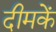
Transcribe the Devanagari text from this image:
दीमकें